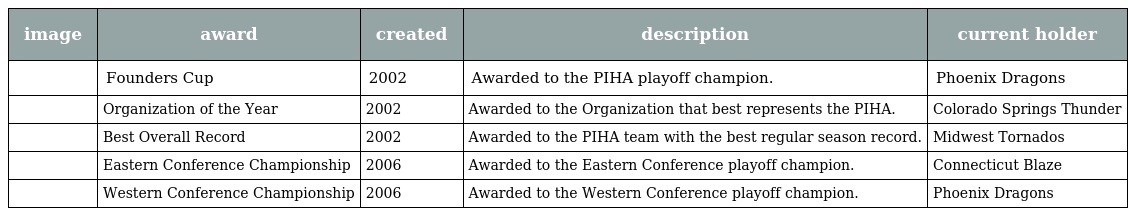
| image | award | created | description | current holder |
 | --- | --- | --- | --- | --- |
 |  | Founders Cup | 2002 | Awarded to the PIHA playoff champion. | Phoenix Dragons |
 |  | Organization of the Year | 2002 | Awarded to the Organization that best represents the PIHA. | Colorado Springs Thunder |
 |  | Best Overall Record | 2002 | Awarded to the PIHA team with the best regular season record. | Midwest Tornados |
 |  | Eastern Conference Championship | 2006 | Awarded to the Eastern Conference playoff champion. | Connecticut Blaze |
 |  | Western Conference Championship | 2006 | Awarded to the Western Conference playoff champion. | Phoenix Dragons |